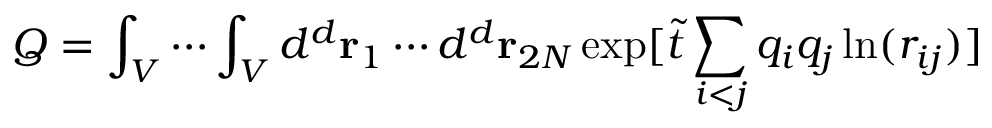
Q = \int _ { V } \cdots \int _ { V } d ^ { d } { \bf r } _ { 1 } \cdots d ^ { d } { \bf r } _ { 2 N } \exp [ { \tilde { t } } \sum _ { i < j } q _ { i } q _ { j } \ln ( r _ { i j } ) ]